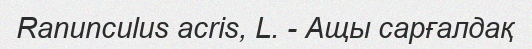
Ranunculus acris, L. - Ащы сарғалдақ